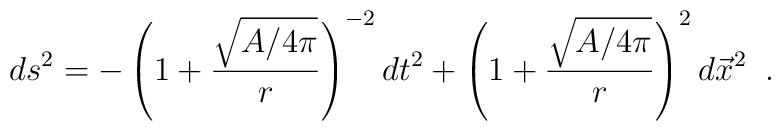
ds^2 =-  \left (1+ {\sqrt  {A / 4 \pi }\over r}\right)^{-2} dt^2 +  \left (1+{\sqrt  {A / 4 \pi }\over r}\right)^{2}  d\vec x^2 \;\;.